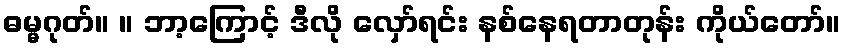
ဓမ္မဂုတ်။ ။ ဘာ့ကြောင့် ဒီလို လှော်ရင်း နစ်နေရတာတုန်း ကိုယ်တော်။